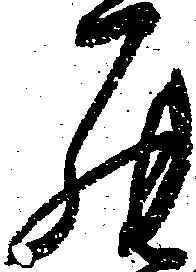
罷